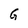
Character: G